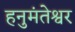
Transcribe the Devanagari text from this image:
हनुमंतेश्वर